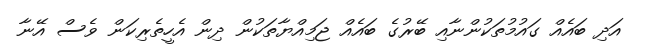
އަދި ބައެއް ގައުމުތަކުންނާއި ބޭރުގެ ބައެއް ޖަމިއްޔާތަކުން ދިން އެހީތެރިކަން ވެސް އޭނާ